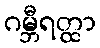
ဂမ္ဘီရတ္ထာ